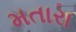
મતારા